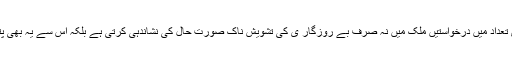
ماہرین کا خیال ہے کہ معمولی اور کم تنخواہ والے عہدوں کے باوجود اتنی بڑی تعداد میں درخواستیں ملک میں نہ صرف بے روزگار ی کی تشویش ناک صورت حال کی نشاندہی کرتی ہے بلکہ اس سے یہ بھی پتہ چلتا ہے کہ تعلیم یافتہ امیدواروں کے سامنے کیرئر کے متبادل کی کمی ہے۔